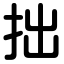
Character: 拙